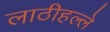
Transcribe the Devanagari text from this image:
लाठीहल्ले